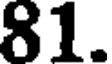
81.